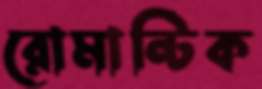
রোমান্টিক